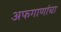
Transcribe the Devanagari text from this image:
अफगाणांचा